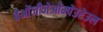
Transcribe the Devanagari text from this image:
बेओंजीजेओम्पेउरेउल